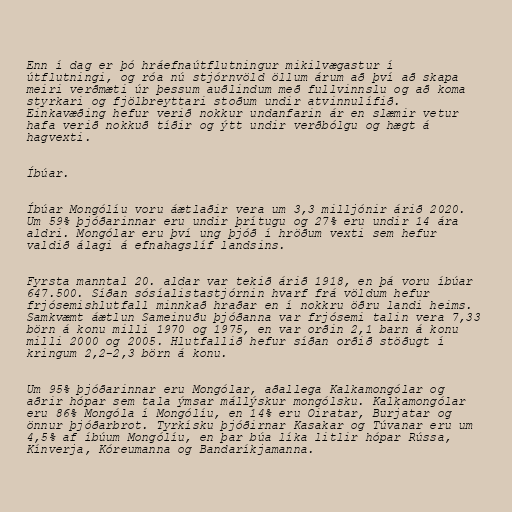
Enn í dag er þó hráefnaútflutningur mikilvægastur í
útflutningi, og róa nú stjórnvöld öllum árum að því að skapa
meiri verðmæti úr þessum auðlindum með fullvinnslu og að koma
styrkari og fjölbreyttari stoðum undir atvinnulífið.
Einkavæðing hefur verið nokkur undanfarin ár en slæmir vetur
hafa verið nokkuð tíðir og ýtt undir verðbólgu og hægt á
hagvexti.

Íbúar.

Íbúar Mongólíu voru áætlaðir vera um 3,3 milljónir árið 2020.
Um 59% þjóðarinnar eru undir þrítugu og 27% eru undir 14 ára
aldri. Mongólar eru því ung þjóð í hröðum vexti sem hefur
valdið álagi á efnahagslíf landsins.

Fyrsta manntal 20. aldar var tekið árið 1918, en þá voru íbúar
647.500. Síðan sósíalistastjórnin hvarf frá völdum hefur
frjósemishlutfall minnkað hraðar en í nokkru öðru landi heims.
Samkvæmt áætlun Sameinuðu þjóðanna var frjósemi talin vera 7,33
börn á konu milli 1970 og 1975, en var orðin 2,1 barn á konu
milli 2000 og 2005. Hlutfallið hefur síðan orðið stöðugt í
kringum 2,2-2,3 börn á konu.

Um 95% þjóðarinnar eru Mongólar, aðallega Kalkamongólar og
aðrir hópar sem tala ýmsar mállýskur mongólsku. Kalkamongólar
eru 86% Mongóla í Mongólíu, en 14% eru Oiratar, Burjatar og
önnur þjóðarbrot. Tyrkísku þjóðirnar Kasakar og Túvanar eru um
4,5% af íbúum Mongólíu, en þar búa líka litlir hópar Rússa,
Kínverja, Kóreumanna og Bandaríkjamanna.